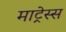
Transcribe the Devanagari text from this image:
माट्रेस्स